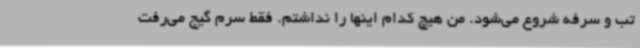
تب و سرفه شروع می‌شود. من هیچ کدام اینها را نداشتم. فقط سرم گیج می‌رفت